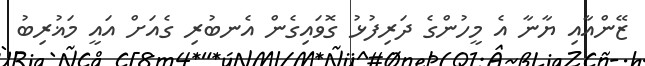
ޒޭންއާއި ޔާނާ އެ މީހުންގެ ދަރިފުޅު ގޮވައިގެން އެނބުރި ގެއަށް އައީ މަޣުރިބު